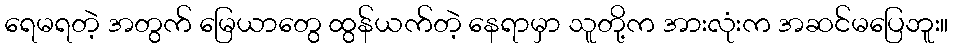
ရေမရတဲ့ အတွက် မြေယာတွေ ထွန်ယက်တဲ့ နေရာမှာ သူတို့က အားလုံးက အဆင်မပြေဘူး။